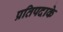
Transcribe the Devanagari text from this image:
प्रतिपदाके